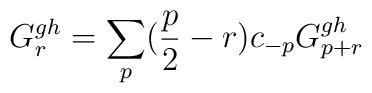
G_r^{gh}= \sum_{p} ( \frac{p}{2} - r) c_{-p} G^{gh}_{p+r}